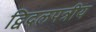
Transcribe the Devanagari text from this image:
द्विदलपत्रीय